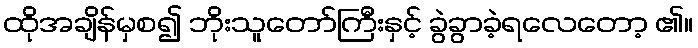
ထိုအချိန်မှစ၍ ဘိုးသူတော်ကြီးနှင့် ခွဲခွာခဲ့ရလေတော့ ၏။